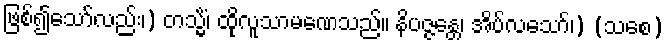
ဖြစ်၍သော်လည်း၊) တသ္မိံ၊ ထိုလူသာမဏေသည်။ နိပဇ္ဇန္တေ၊ အိပ်လသော်၊) (သစေ)